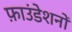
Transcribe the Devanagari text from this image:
फ़ाउंडेशनों